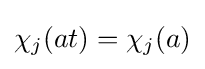
\chi _{j}(at)=\chi _{j}(a)